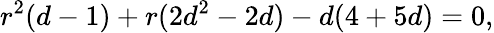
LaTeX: r^{2}(d-1)+r(2d^{2}-2d)-d(4+5d)=0,